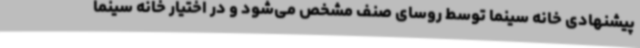
پیشنهادی خانه سینما توسط روسای صنف مشخص می‌شود و در اختیار خانه سینما